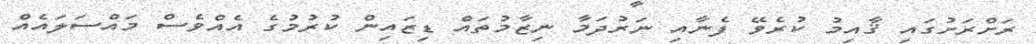
ރަށްރަށުގައި ޤާއިމު ކުރެވޭ ފެނާއި ނަރުދަމާ ނިޒާމުތައް ޑިޒައިން ކުރުމުގެ އެއްވެސް މައްސަލައެއް